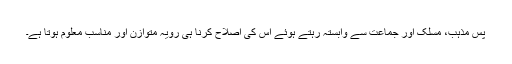
پس مذہب، مسلک اور جماعت سے وابستہ رہتے ہوئے اس کی اصلاح کرنا ہی رویہ متوازن اور مناسب معلوم ہوتا ہے۔